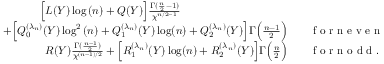
\begin{array} { r l } { \Big [ L ( Y ) \log { ( n ) } + Q ( Y ) \Big ] \frac { \Gamma ( \frac { n } { 2 } - 1 ) } { \chi ^ { n / 2 - 1 } } \qquad \qquad ~ ~ \qquad \qquad \quad } & { { } } \\ { + \Big [ Q _ { 0 } ^ { ( \lambda _ { n } ) } ( Y ) \log ^ { 2 } { ( n ) } + Q _ { 1 } ^ { ( \lambda _ { n } ) } ( Y ) \log ( n ) + Q _ { 2 } ^ { ( \lambda _ { n } ) } ( Y ) \Big ] \Gamma \Big ( \frac { n - 1 } { 2 } \Big ) } & { { } \quad \mathrm { ~ f ~ o ~ r ~ n ~ e ~ v ~ e ~ n ~ } , } \\ { R ( Y ) \frac { \Gamma ( \frac { n - 1 } { 2 } ) } { \chi ^ { ( n - 1 ) / 2 } } + \Big [ R _ { 1 } ^ { ( \lambda _ { n } ) } ( Y ) \log ( n ) + R _ { 2 } ^ { ( \lambda _ { n } ) } ( Y ) \Big ] \Gamma \Big ( \frac { n } { 2 } \Big ) } & { { } \quad \mathrm { ~ f ~ o ~ r ~ n ~ o ~ d ~ d ~ } . } \end{array}